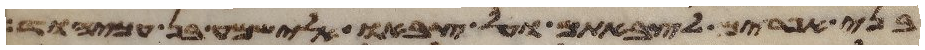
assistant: בני אפרים לצבאתם ועל צבאו אלישמע בן עמיהוד